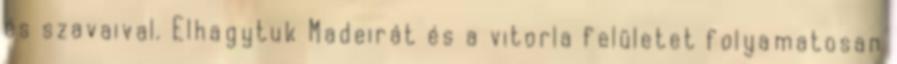
és szavaival. Elhagytuk Madeirát és a vitorla felületet folyamatosan